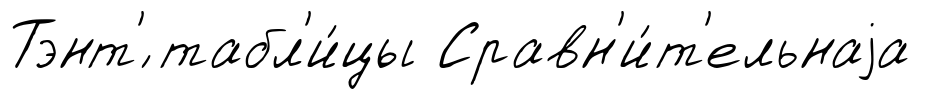
Тэнт'́ табл'и́цы Сравн'и́т'ельнаjа